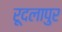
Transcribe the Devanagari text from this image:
रूदलापुर